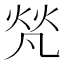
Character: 𤈺